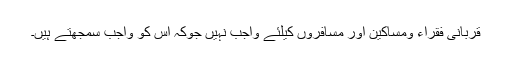
قربانی فقراء ومساکین اور مسافروں کیلئے واجب نہیں جوکہ اس کو واجب سمجھتے ہیں۔